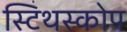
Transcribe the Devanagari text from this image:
स्टिथस्कोप